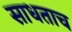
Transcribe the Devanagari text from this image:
साधताच